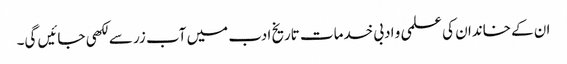
ان کے خاندان کی علمی و ادبی خدمات تاریخ ادب میں آب زر سے لکھی جائیں گی۔